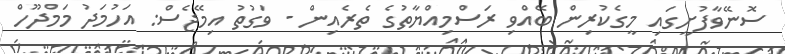
ސޮނޭވާފުށީގައި މީގެކުރިން ބޭއްވި ރަސްމިއްޔާތުގެ ތެރެއިން - ވަގުތު އިމޭޖެސް: އަހުމަދު މަމްދޫހް